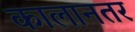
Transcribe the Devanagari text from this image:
कालानतर